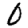
Digit: 0